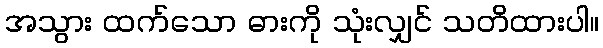
အသွား ထက်သော ဓားကို သုံးလျှင် သတိထားပါ။